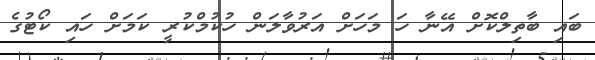
ބައި ބާތިލްކޮށް އޭނާ ހަ މަހަށް އަރުވާލަން ހުކުމްކުރީ ކަމަށް ހައި ކޯޓުގެ